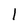
Character: 1